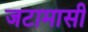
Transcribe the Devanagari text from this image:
जटामासी